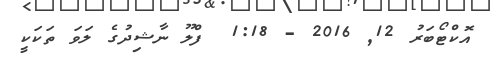
އޮކްޓޯބަރު 12